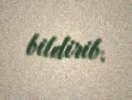
bildirib.